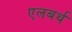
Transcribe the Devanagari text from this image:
एलबर्थ